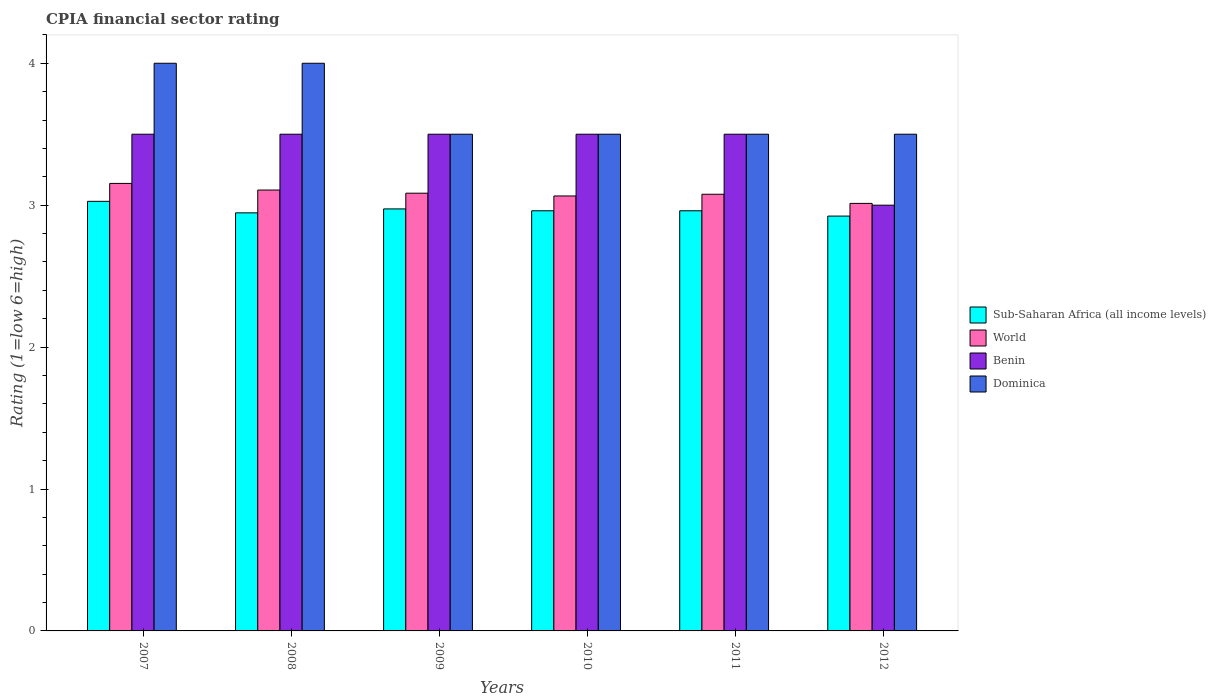
| Years | Sub-Saharan Africa (all income levels) | World | Benin | Dominica |
 | --- | --- | --- | --- | --- |
 | 2007 | 3.03 | 3.15 | 3.5 | 4 |
 | 2008 | 2.95 | 3.11 | 3.5 | 4 |
 | 2009 | 2.97 | 3.08 | 3.5 | 3.5 |
 | 2010 | 2.96 | 3.06 | 3.5 | 3.5 |
 | 2011 | 2.96 | 3.08 | 3.5 | 3.5 |
 | 2012 | 2.92 | 3.01 | 3 | 3.5 |